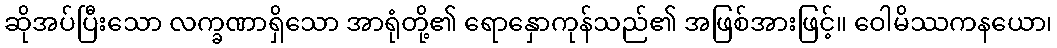
ဆိုအပ်ပြီးသော လက္ခဏာရှိသော အာရုံတို့၏ ရောနှောကုန်သည်၏ အဖြစ်အားဖြင့်။ ဝေါမိဿကနယော၊